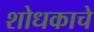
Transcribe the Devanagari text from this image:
शोधकाचे